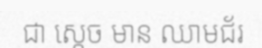
ជា ស្តេច មាន ឈាមជ័រ